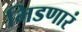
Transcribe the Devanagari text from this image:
भिडणारं